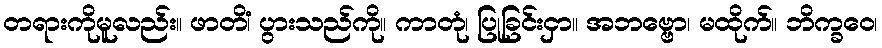
တရားကိုမူလည်း။ ဖာတိံ၊ ပွားသည်ကို။ ကာတုံ၊ ပြုခြင်းငှာ။ အဘဗ္ဗော၊ မထိုက်။ ဘိက္ခဝေ၊